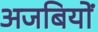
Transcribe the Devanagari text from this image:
अजबियों